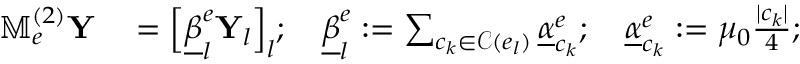
\begin{array} { r l } { \mathbb { M } _ { e } ^ { ( 2 ) } \mathbf { Y } } & { { } = { \Big [ } \underline { { \beta } } _ { l } ^ { e } \mathbf { Y } _ { l } { \Big ] } _ { l } ; \quad \underline { { \beta } } _ { l } ^ { e } : = \sum _ { c _ { k } \in \mathcal { C } ( e _ { l } ) } \underline { { \alpha } } _ { c _ { k } } ^ { e } ; \quad \underline { { \alpha } } _ { c _ { k } } ^ { e } : = \mu _ { 0 } \frac { | c _ { k } | } { 4 } ; } \end{array}